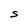
Character: S